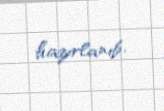
hazırlanıb.